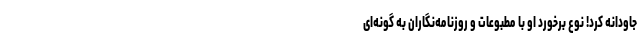
جاودانه کرد! نوع برخورد او با مطبوعات و روزنامه‌نگاران به گونه‌ای